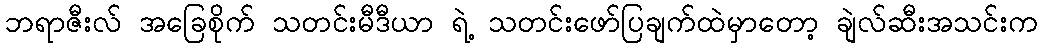
ဘရာဇီးလ် အခြေစိုက် သတင်းမီဒီယာ ရဲ့ သတင်းဖော်ပြချက်ထဲမှာတော့ ချဲလ်ဆီးအသင်းက